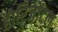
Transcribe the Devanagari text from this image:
होरिजोंटल